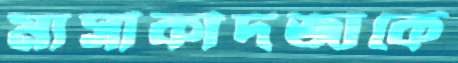
মাসাকাদজাকে